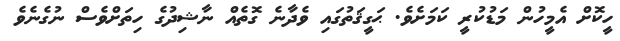
ހީކޮށް އެމީހުން މަޑުކުރީ ކަމަށެވެ. ޙަގީޤަތުގައި ވެދާނެ ގޮތެއް ނާޝިދުގެ ހިތަށްވެސް ނުގެނެވެ